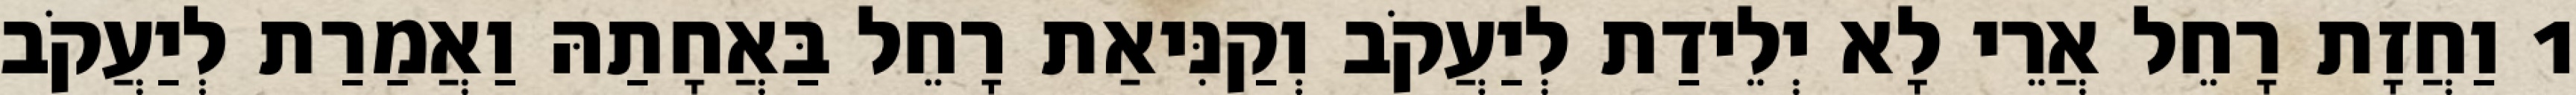
1 וַחֲזָת רָחֵל אֲרֵי לָא יְלֵידַת לְיַעֲקֹב וְקַנִּיאַת רָחֵל בַּאֲחָתַהּ וַאֲמַרַת לְיַעֲקֹב